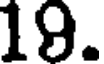
19.